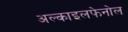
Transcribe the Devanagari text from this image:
अल्काइलफेनोल